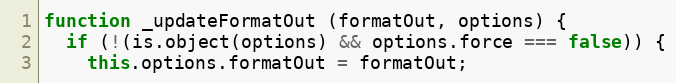
Language: JavaScript
function _updateFormatOut (formatOut, options) {
  if (!(is.object(options) && options.force === false)) {
    this.options.formatOut = formatOut;